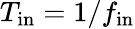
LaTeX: T_{\mathrm{in}}=1/f_{\mathrm{in}}